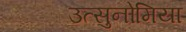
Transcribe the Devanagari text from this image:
उत्सुनोमिया